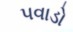
પવાડો